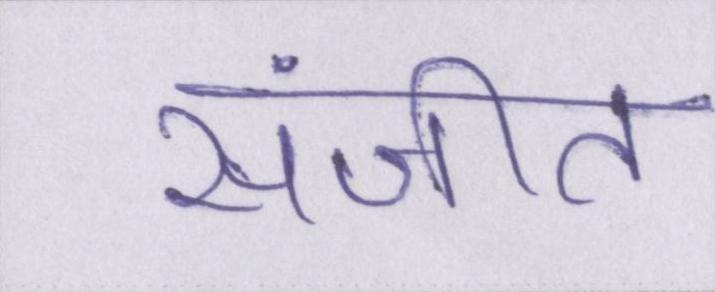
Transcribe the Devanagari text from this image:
संजीत